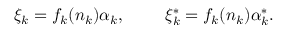
\xi _ { k } = f _ { k } ( n _ { k } ) \alpha _ { k } , ~ ~ ~ ~ ~ ~ ~ \xi _ { k } ^ { * } = f _ { k } ( n _ { k } ) \alpha _ { k } ^ { * } .